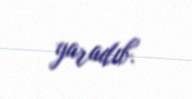
yaradıb.